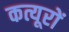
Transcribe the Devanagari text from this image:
कत्यूरों